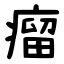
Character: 瘤